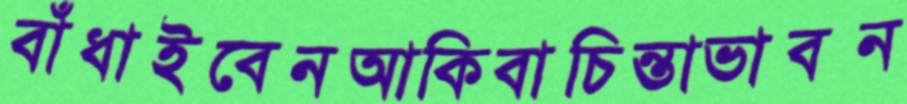
বাঁধাইবেনআকিবাচিন্তাভাবন